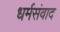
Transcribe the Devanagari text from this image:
धर्मसंवाद